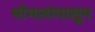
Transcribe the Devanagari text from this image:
मोगलांपासून